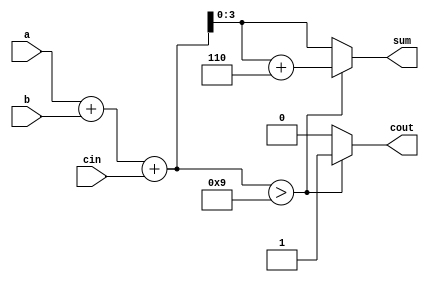
module bcd_adder(
    input [3:0] a,b,
    input cin,
    output reg [3:0] sum,
    output reg cout
);
    reg [4:0] sum_int;
    
    always @(*)begin
        sum_int = a + b + cin ;
        if(sum_int > 9)
            begin
               sum = sum_int + 4'd6 ;
               cout = 1'b1; 
            end
        else
            begin
                sum = sum_int[3:0];
                cout = 0;
            end
    end
endmodule